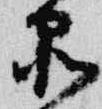
品